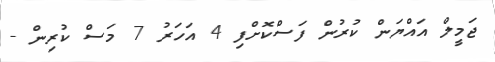
ޖަމީލް އައްޔަން ކުރުން ފަސްކޮށްފި 4 އަހަރު 7 މަސް ކުރިން -